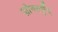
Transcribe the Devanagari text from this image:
ज़ोनस्कुँद